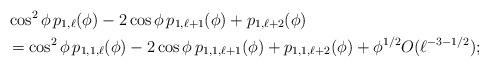
LaTeX: \begin{align*}& \cos^2 \phi \, p_{1,\ell}(\phi) - 2 \cos \phi \, p_{1,\ell+1}(\phi)+ p_{1,\ell+2}(\phi) \\&= \cos^2 \phi \, p_{1,1,\ell}(\phi) - 2 \cos \phi \, p_{1,1,\ell+1}(\phi)+ p_{1,1,\ell+2}(\phi)+ \phi^{1/2} O(\ell^{-3-1/2});\end{align*}